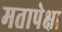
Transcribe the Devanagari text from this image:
मतापेक्षा